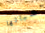
أشيائها